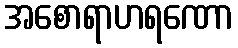
အစောရာဟရဏော